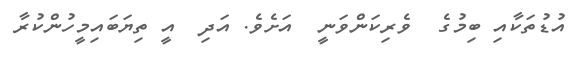
އުޑުތަކާއި ބިމުގެ  ވެރިކަންވަނީ  އަށެވެ. އަދި  އީ ތިޔަބައިމީހުންކުރާ